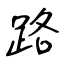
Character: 路